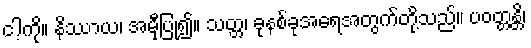
ငါ့ကို။ နိဿာယ၊ အမှီပြု၍။ သတ္တ၊ ခုနစ်ခုအရေအတွက်တို့သည်။ ပဝတ္တန္တိ၊